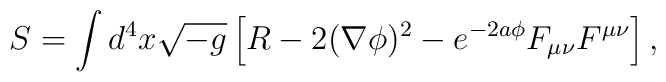
S = \int d^4 x \sqrt{-g} \left[R - 2 (\nabla\phi)^2 - e^{-2a\phi} F_{\mu\nu}F^{\mu\nu}\right],